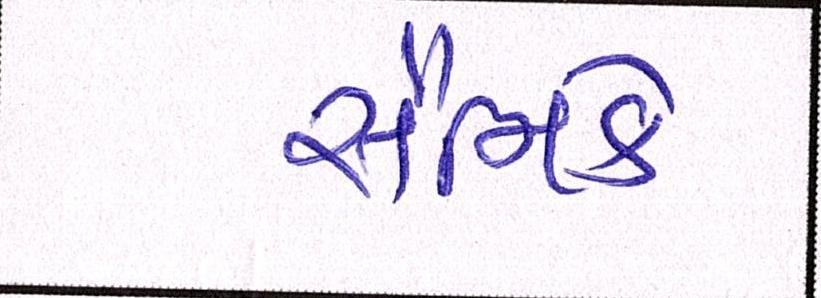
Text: સૈનિકે